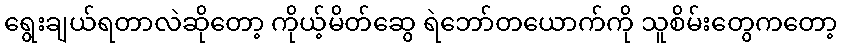
ရွေးချယ်ရတာလဲဆိုတော့ ကိုယ့်မိတ်ဆွေ ရဲဘော်တယောက်ကို သူစိမ်းတွေကတော့